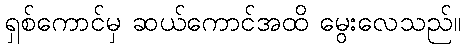
ရှစ်ကောင်မှ ဆယ်ကောင်အထိ မွေးလေသည်။